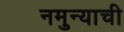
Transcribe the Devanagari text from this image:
नमुन्याची